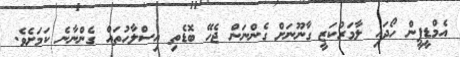
އެމްޑީޕީން ހޯދައި ލާމަރުކަޒީ ގާނޫނަށް ގެންނަން ޖެހޭ ބޮޑެތި އިސްލާހުތައް ގެންނާނެ ކަމަށެވެ.